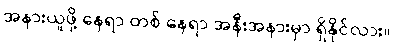
အနားယူဖို့ နေရာ တစ် နေရာ အနီးအနားမှာ ရှိနိုင်လား။